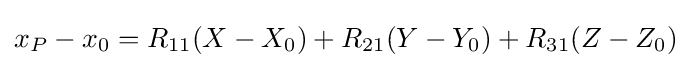
x_{P}-x_{0}=R_{11}(X-X_{0})+R_{21}(Y-Y_{0})+R_{31}(Z-Z_{0})